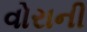
વોરાની